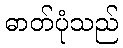
ဓာတ်ပုံသည်